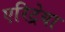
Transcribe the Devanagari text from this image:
एरिट्रेया